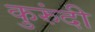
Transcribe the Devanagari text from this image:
कुरुंदी